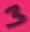
Text: 3